Report of the Indian Hemp Drugs Commission, 1894-1895 - Volume I
Year: 1894
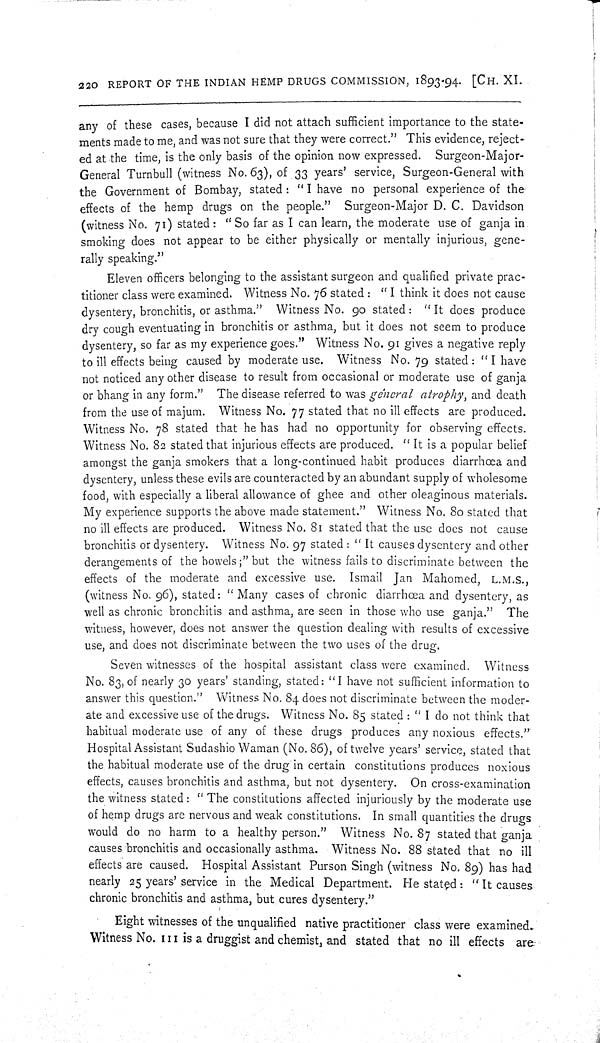
220 REPORT OF THE INDIAN HEMP DRUGS COMMISSION, 1893-94. [CH. XI.
any of these cases, because I did not attach sufficient importance to the state-
ments made to me, and was not sure that they were correct." This evidence, reject-
ed at the time, is the only basis of the opinion now expressed. Surgeon-Major-
General Turnbull (witness No. 63), of 33 years' service, Surgeon-General with
the Government of Bombay, stated: "I have no personal experience of the
effects of the hemp drugs on the people." Surgeon-Major D. C. Davidson
(witness No. 71) stated: "So far as I can learn, the moderate use of ganja in
smoking does not appear to be either physically or mentally injurious, gene-
rally speaking."
Eleven officers belonging to the assistant surgeon and qualified private prac-
titioner class were examined. Witness No. 76 stated: "I think it does not cause
dysentery, bronchitis, or asthma." Witness No. 90 stated: "It does produce
dry cough eventuating in bronchitis or asthma, but it does not seem to produce
dysentery, so far as my experience goes." Witness No. 91 gives a negative reply
to ill effects being caused by moderate use. Witness No. 79 stated: "I have
not noticed any other disease to result from occasional or moderate use of ganja
or bhang in any form." The disease referred to was general atrophy, and death
from the use of majum. Witness No. 77 stated that no ill effects are produced.
Witness No. 78 stated that he has had no opportunity for observing effects.
Witness No. 82 stated that injurious effects are produced. "It is a popular belief
amongst the ganja smokers that a long-continued habit produces diarrhœa and
dysentery, unless these evils are counteracted by an abundant supply of wholesome
food, with especially a liberal allowance of ghee and other oleaginous materials.
My experience supports the above made statement." Witness No. 80 stated that
no ill effects are produced. Witness No. 81 stated that the use does not cause
bronchitis or dysentery. Witness No. 97 stated: "It causes dysentery and other
derangements of the bowels;" but the witness fails to discriminate between the
effects of the moderate and excessive use. Ismail Jan Mahomed, L.M.S.,
(witness No. 96), stated: "Many cases of chronic diarrhœa and dysentery, as
well as chronic bronchitis and asthma, are seen in those who use ganja." The
witness, however, does not answer the question dealing with results of excessive
use, and does not discriminate between the two uses of the drug.
Seven witnesses of the hospital assistant class were examined. Witness
No. 83, of nearly 30 years' standing, stated: "I have not sufficient information to
answer this question." Witness No. 84 does not discriminate between the moder-
ate and excessive use of the drugs. Witness No. 85 stated: "I do not think that
habitual moderate use of any of these drugs produces any noxious effects."
Hospital Assistant Sudashio Waman (No. 86), of twelve years' service, stated that
the habitual moderate use of the drug in certain constitutions produces noxious
effects, causes bronchitis and asthma, but not dysentery. On cross-examination
the witness stated: "The constitutions affected injuriously by the moderate use
of hemp drugs are nervous and weak constitutions. In small quantities the drugs
would do no harm to a healthy person." Witness No. 87 stated that ganja
causes bronchitis and occasionally asthma. Witness No. 88 stated that no ill
effects are caused. Hospital Assistant Purson Singh (witness No. 89) has had
nearly 25 years' service in the Medical Department. He stated: "It causes
chronic bronchitis and asthma, but cures dysentery."
Eight witnesses of the unqualified native practitioner class were examined.
Witness No. 111 is a druggist and chemist, and stated that no ill effects are